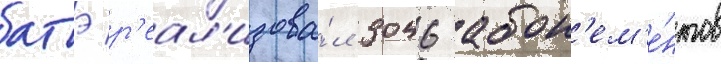
батэ р'еал'изова́л 3046 абон'ем'е́нтов